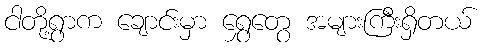
ငါတို့ရွာက ချောင်းမှာ ရွှေတွေ အများကြီးရှိတယ်